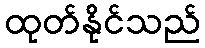
ထုတ်နိုင်သည်